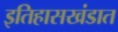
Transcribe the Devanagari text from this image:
इतिहासखंडात